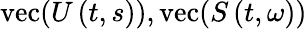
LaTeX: \operatorname{vec}(U\left(t,s\right)),\operatorname{vec}(S\left(t,\omega\right))